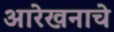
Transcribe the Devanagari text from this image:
आरेखनाचे